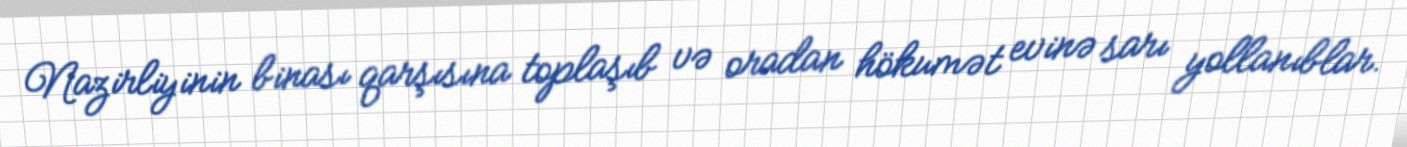
Nazirliyinin binası qarşısına toplaşıb və oradan hökumət evinə sarı yollanıblar.